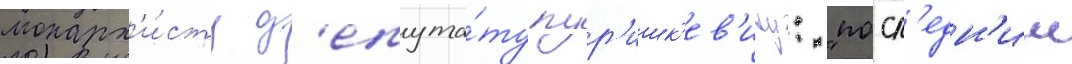
монарх'и́сту д'епута́ту пур'ишк'ев'ичу: "посл'едн'ии